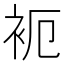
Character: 𬡉